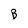
Character: B